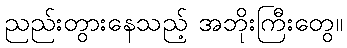
ညည်းတွားနေသည့် အဘိုးကြီးတွေ။